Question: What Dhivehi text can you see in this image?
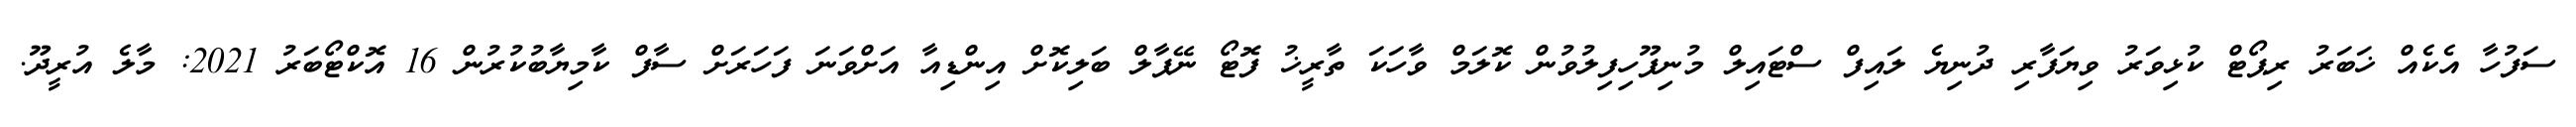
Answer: ސަފުހާ އެކެއް ޚަބަރު ރިޕޯޓް ކުޅިވަރު ވިޔަފާރި ދުނިޔެ ލައިފް ސްޓައިލް މުނިފޫހިފިލުވުން ކޮލަމް ވާހަކަ ތާރީޚު ފޮޓޯ ނޭޕާލް ބަލިކޮށް އިންޑިއާ އަށްވަނަ ފަހަރަށް ސާފް ކާމިޔާބުކުރުން 16 އޮކްޓޯބަރު 2021: މާލެ އުރީދޫ.